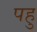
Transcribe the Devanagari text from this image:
पहु